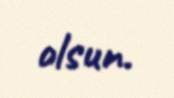
olsun.